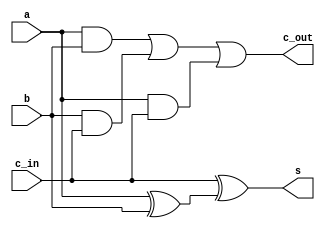
`timescale 1ns / 1ps
//////////////////////////////////////////////////////////////////////////////////
// Company: 
// Engineer: 
// 
// Design Name: 
// Module Name: adder
// Project Name: 
// Target Devices: 
// Tool Versions: 
// Description: 
// 
// Dependencies: 
// 
// Revision:
// Revision 0.01 - File Created
// Additional Comments:
// 
//////////////////////////////////////////////////////////////////////////////////


module adder(
    input a,
    input b,
    input c_in,
    output s,
    output c_out
    
    );
    assign s = c_in ^ (a^b);
    assign c_out = (a & b) | (b & c_in) | (a & c_in);
endmodule